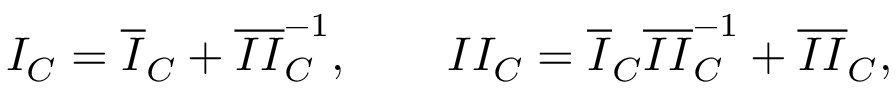
\begin{array} { r } { I _ { C } = \overline { { I } } _ { C } + \overline { { I I } } _ { C } ^ { - 1 } , \qquad I I _ { C } = \overline { { I } } _ { C } \overline { { I I } } _ { C } ^ { - 1 } + \overline { { I I } } _ { C } , } \end{array}